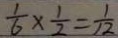
\frac { 1 } { 6 } \times \frac { 1 } { 2 } = \frac { 1 } { 1 2 }